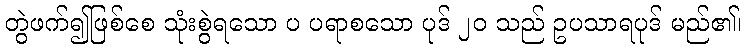
တွဲဖက်၍ဖြစ်စေ သုံးစွဲရသော ပ ပရာစသော ပုဒ် ၂၀ သည် ဥပသာရပုဒ် မည်၏၊